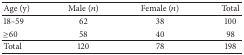
| Age (y) | Male (n) | Female (n) | Total |
 | --- | --- | --- | --- |
 | 18–59 | 62 | 38 | 100 |
 | ≥60 | 58 | 40 | 98 |
 | Total | 120 | 78 | 198 |